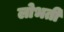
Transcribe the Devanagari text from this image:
लोभती